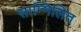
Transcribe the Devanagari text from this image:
साम्मिलित